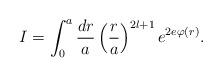
LaTeX: \begin{align*}I = \int^a_0 \frac{dr}{a} \left(\frac{r}{a}\right)^{2l+1} e^{2e \varphi(r)}.\end{align*}